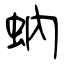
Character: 蚋